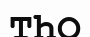
ТһО